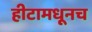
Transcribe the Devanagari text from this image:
हीटामधूनच